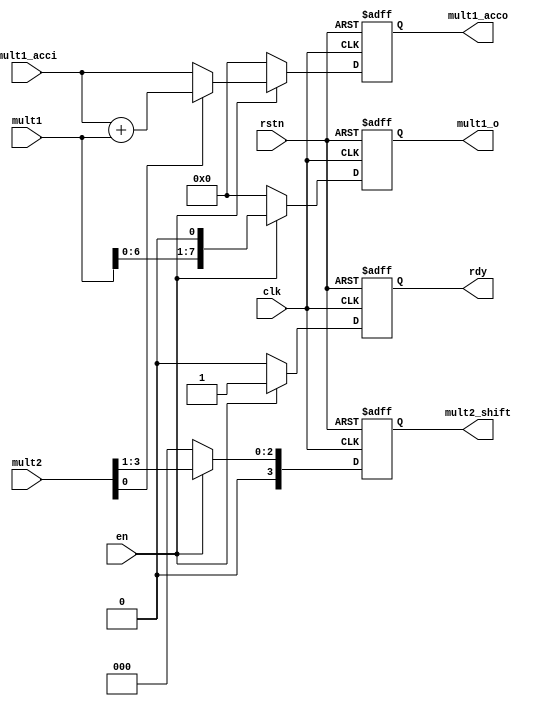
`timescale 1ns / 1ps
//////////////////////////////////////////////////////////////////////////////////
// Company: 
// Engineer: 
// 
// Design Name: 
// Module Name:    mult_cell 
// Project Name: 
// Target Devices: 
// Tool versions: 
// Description: 
//
// Dependencies: 
//
// Revision: 
// Revision 0.01 - File Created
// Additional Comments: 
//
//////////////////////////////////////////////////////////////////////////////////
module    mult_cell
    #(parameter N=4,
      parameter M=4)
    (
      input                     clk,
      input                     rstn,
      input                     en,
      input [M+N-1:0]           mult1,      //Q?
      input [M-1:0]             mult2,      //?
      input [M+N-1:0]           mult1_acci, //W[?G

      output reg [M+N-1:0]      mult1_o,     //Q?ZOs
      output reg [M-1:0]        mult2_shift, //?ZOs
      output reg [N+M-1:0]      mult1_acco,  //?e[?G
      output reg                rdy );

    always @(posedge clk or negedge rstn) begin
        if (!rstn) begin
            rdy            <= 'b0 ;
            mult1_o        <= 'b0 ;
            mult1_acco     <= 'b0 ;
            mult2_shift    <= 'b0 ;
        end
        else if (en) begin
            rdy            <= 1'b1 ;
            mult2_shift    <= mult2 >> 1 ;
            mult1_o        <= mult1 << 1 ;
            if (mult2[0]) begin
                //????1?[
                mult1_acco  <= mult1_acci + mult1 ;  
            end
            else begin
                mult1_acco  <= mult1_acci ; //????1?O
            end
        end
        else begin
            rdy            <= 'b0 ;
            mult1_o        <= 'b0 ;
            mult1_acco     <= 'b0 ;
            mult2_shift    <= 'b0 ;
        end
    end

endmodule